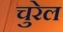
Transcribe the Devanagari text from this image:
चुरेल